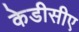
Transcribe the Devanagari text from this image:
केडीसीए